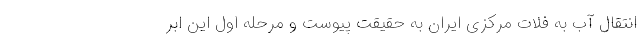
انتقال آب به فلات مرکزی ایران به حقیقت پیوست و مرحله اول این اَبَر